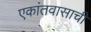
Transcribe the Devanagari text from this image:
एकांतवासाची